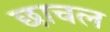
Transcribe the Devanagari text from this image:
छाचल